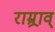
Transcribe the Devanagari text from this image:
राम्र्राव्